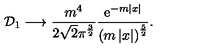
{ \cal D } _ { 1 } \longrightarrow \frac { m ^ { 4 } } { 2 \sqrt { 2 } \pi ^ { \frac 3 2 } } \frac { \mathrm { e } ^ { - m \left| x \right| } } { \left( m \left| x \right| \right) ^ { \frac 5 2 } } .